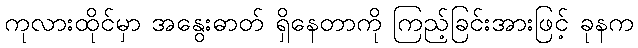
ကုလားထိုင်မှာ အနွေးဓာတ် ရှိနေတာကို ကြည့်ခြင်းအားဖြင့် ခုနက